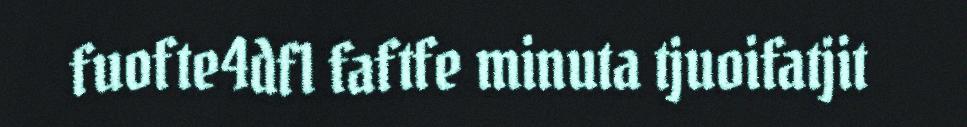
fuofte4dfl faftfe minuta tjuoifatjit